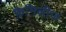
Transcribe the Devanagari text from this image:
फ़ैमिलीज